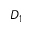
D _ { 1 }